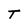
Character: T